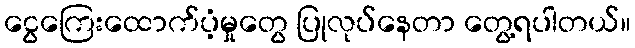
ငွေကြေးထောက်ပံ့မှုတွေ ပြုလုပ်နေတာ တွေ့ရပါတယ်။